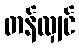
တန်လျှင်